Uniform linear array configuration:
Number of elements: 24
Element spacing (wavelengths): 0.5
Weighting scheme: uniform
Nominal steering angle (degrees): -60
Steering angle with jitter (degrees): -60.333
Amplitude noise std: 0.05
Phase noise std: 0.05

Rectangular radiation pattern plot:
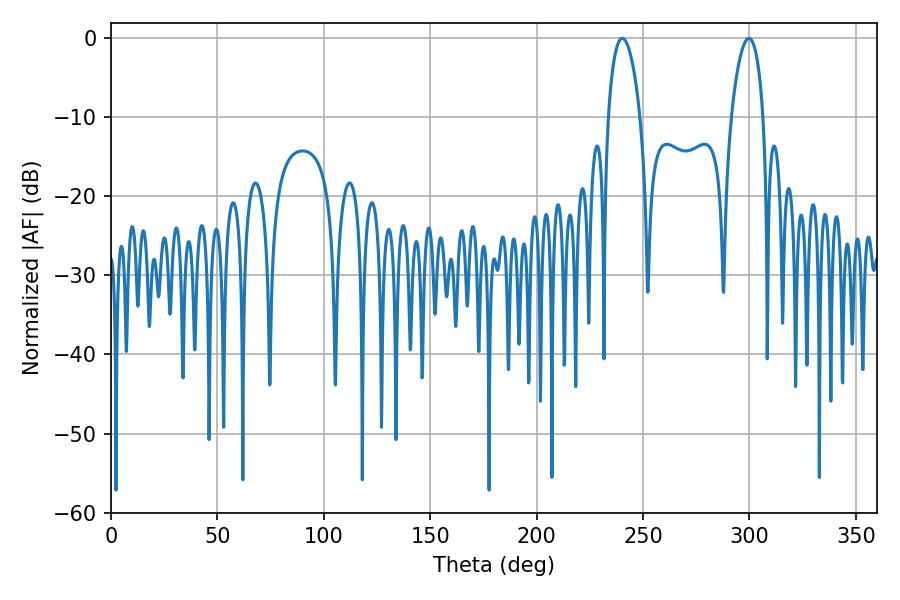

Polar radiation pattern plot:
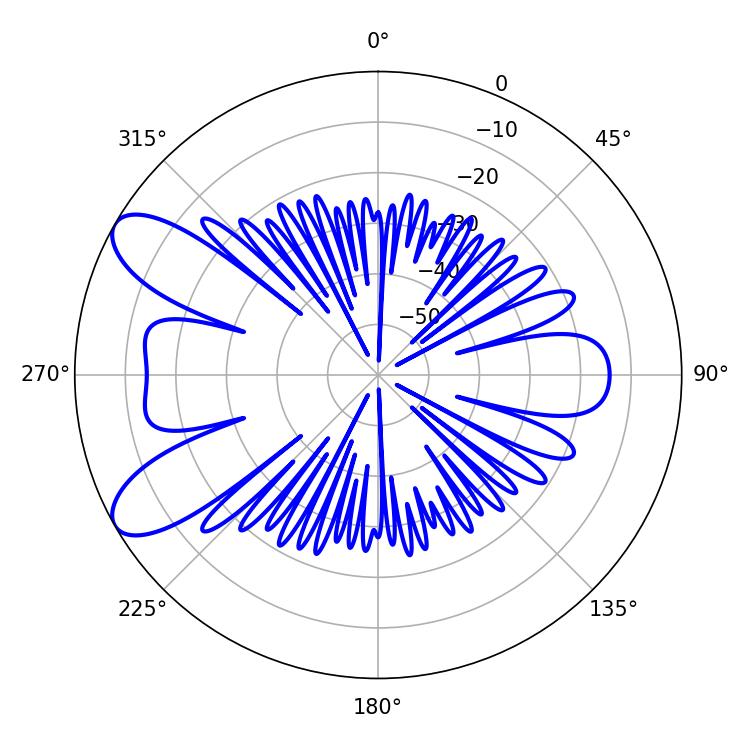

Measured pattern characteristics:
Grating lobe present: FALSE
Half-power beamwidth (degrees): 8.46
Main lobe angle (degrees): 240.3